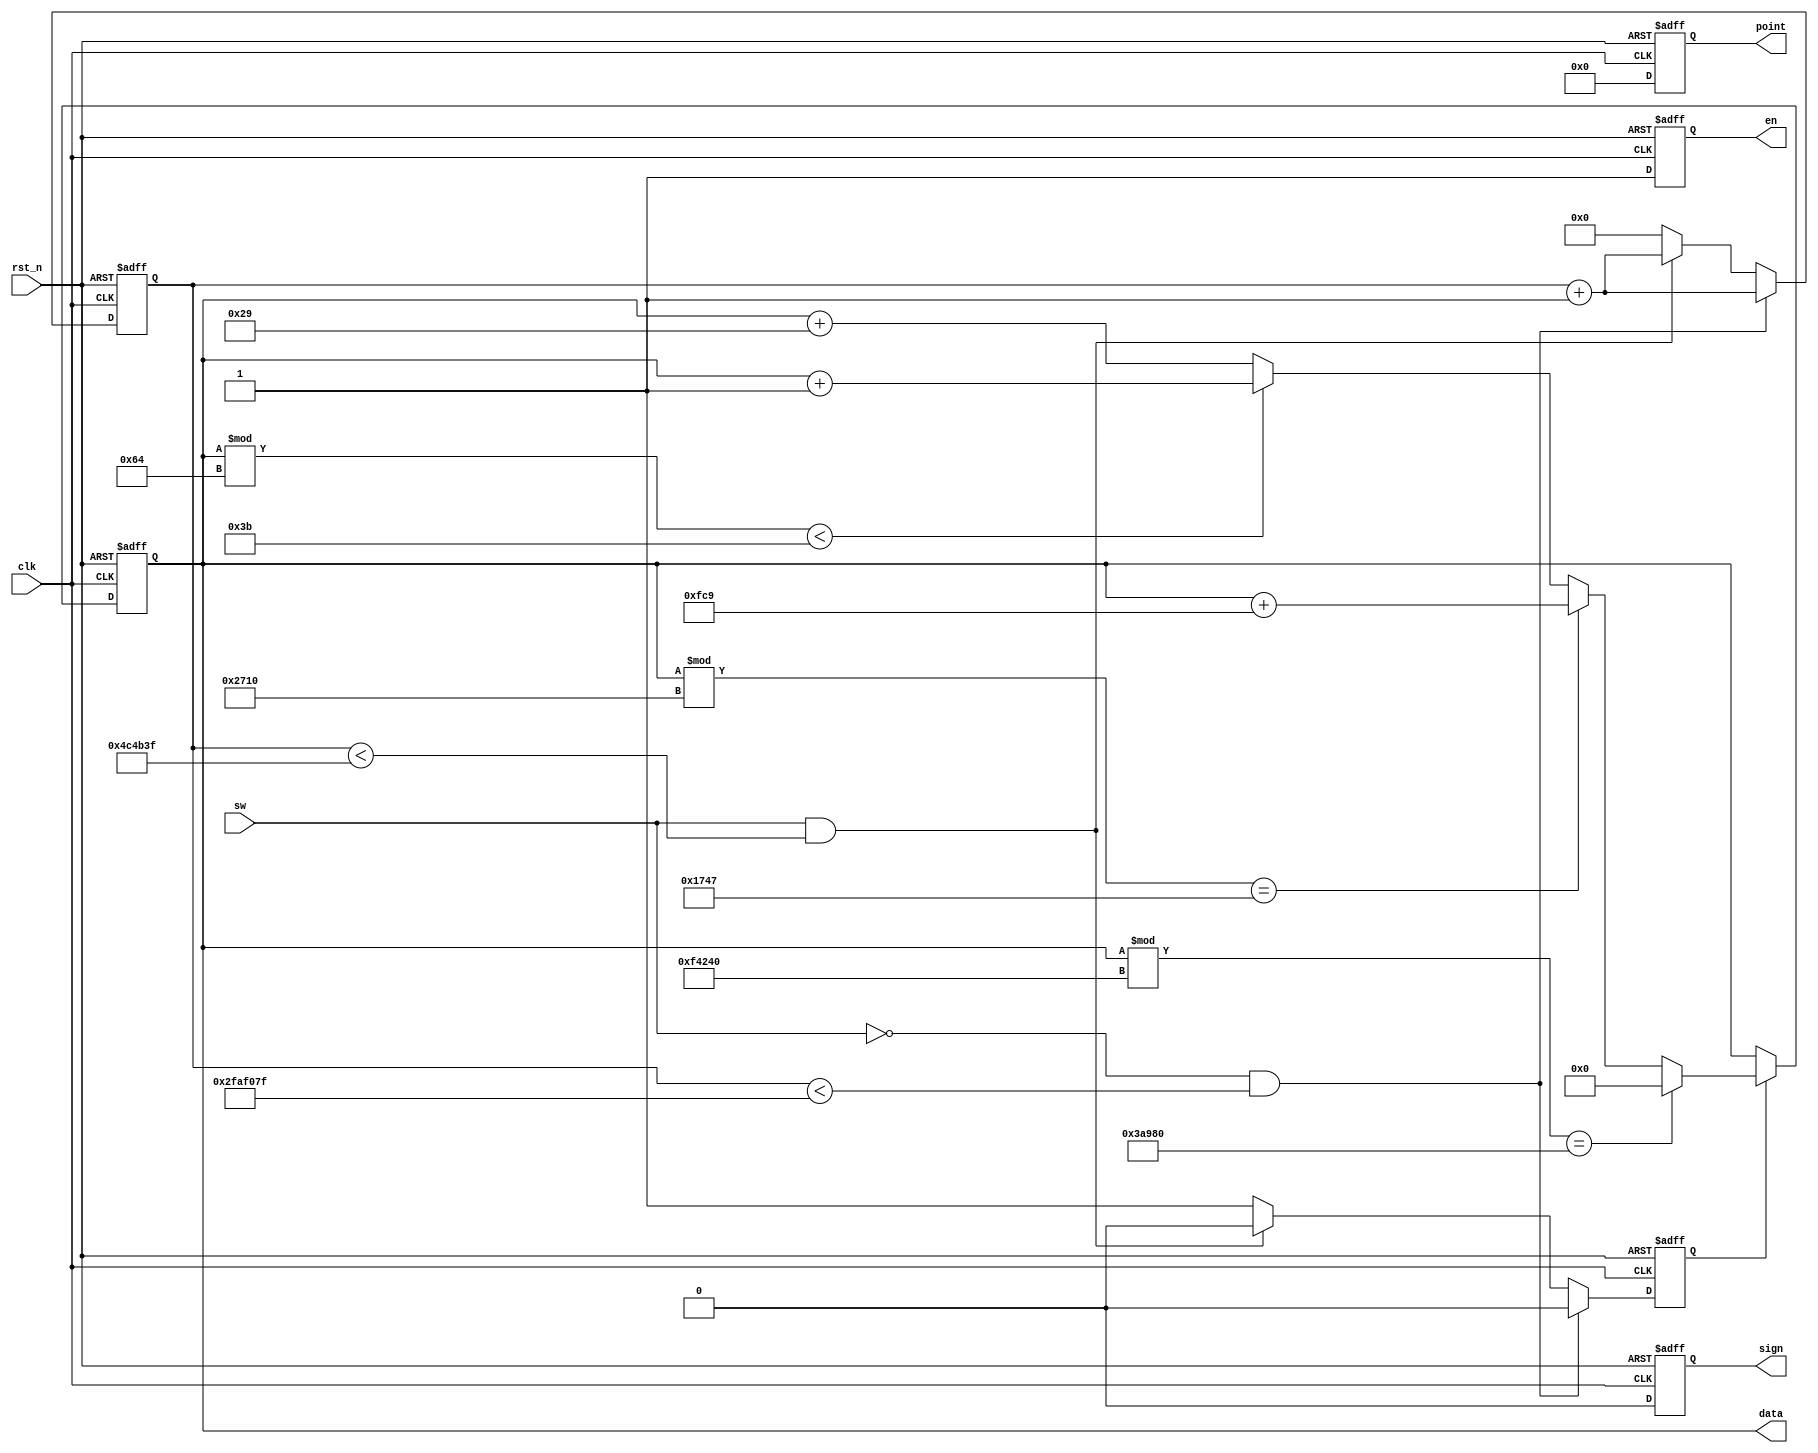
//****************************************Copyright (c)***********************************//
//www.openedv.com
//http://openedv.taobao.com 
//""FPGA & STM32
//
//Copyright(C)  2018-2028
//All rights reserved                                  
//----------------------------------------------------------------------------------------
// File name:           count
// Last modified Date:  2018/3/13 8:36:43
// Last Version:        V1.0
// Descriptions:        
//----------------------------------------------------------------------------------------
// Created by:          
// Created date:        2018/3/13 8:36:37
// Version:             V1.0
// Descriptions:        The original version
//
//----------------------------------------------------------------------------------------
//****************************************************************************************//

module count(
    //mudule clock
    input                   clk  ,      // 
    input                   rst_n,      // 
    input                   sw,
    
    //user interface
    output   reg [19:0]     data ,      // 6
    output   reg [ 5:0]     point,      // ,
    output   reg            en   ,      // 
    output   reg            sign        // 
);

//parameter define
parameter  MAX_NUM0 = 26'd5000_0000;  
parameter  MAX_NUM1 = 23'd5000_000;      // 

//reg define
reg    [26:0]   cnt ;                   // 100ms
reg             flag;                   // 

//*****************************************************
//**                    main code
//*****************************************************

//10ms
always @ (posedge clk or negedge rst_n) begin
    if (!rst_n) begin
        cnt <= 26'b0;
        flag<= 1'b0;
    end
    else if (sw == 1'b0 && cnt < MAX_NUM0 - 1'b1) begin
        cnt <= cnt + 1'b1;
        flag<= 1'b0;
    end
     else if (sw == 1'b1 && cnt < MAX_NUM1 - 1'b1) begin
           cnt <= cnt + 1'b1;
           flag<= 1'b0;
       end
    else begin
        cnt <= 26'b0;
        flag <= 1'b1;
    end
end 

//0999999
always @ (posedge clk or negedge rst_n) begin
    if (!rst_n)begin
        data  <= 20'b0;
        point <=6'b000000;
        en    <= 1'b0;
        sign  <= 1'b0;
    end 
    else begin
        point <= 6'b000000;             //
        en    <= 1'b1;                  //
        sign  <= 1'b0;                  //
        if (flag) begin                 //0.01s
            if( (data%100) < 20'd000059) 
                data <= data +1'b1;     
            else
                data <= data + 20'd41;
            if( (data % 20'd10000) == 20'd5959)
                data <= data + 20'd4041;
            if( (data % 20'd1000000) == 20'd240000)
                data <= 20'b0;
                
        end 
    end 
end 

endmodule